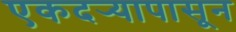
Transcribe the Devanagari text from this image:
एकदर्‍यापासून